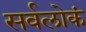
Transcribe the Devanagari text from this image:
सर्वलोकं